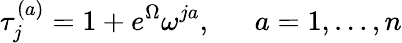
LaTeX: \tau_{j}^{(a)}=1+e^{\Omega}\omega^{ja},~~~~~~a=1,\dots,n